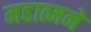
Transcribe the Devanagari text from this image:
महात्मने